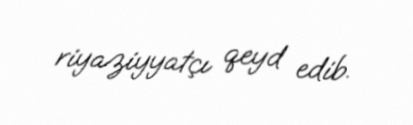
riyaziyyatçı qeyd edib.